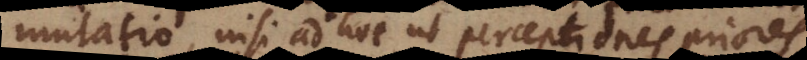
mutatio, nisi ad hoc ut perceptiones priores